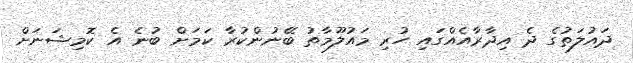
ދައުލަތުގެ ދެ އިދާރާއެއްގައި ހުރި މައުލޫމާތު ބޭނުންކުރާ ކަމަށް ބުނެ އެ ކޮމިޝަނަށް